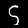
Label: 5